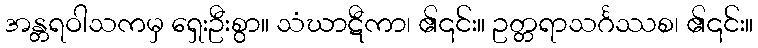
အန္တရဝါသကမှ ရှေးဦးစွာ။ သံဃာဋီကာ၊ ၏၎င်း။ ဥတ္တရာသင်္ဂဿစ၊ ၏၎င်း။